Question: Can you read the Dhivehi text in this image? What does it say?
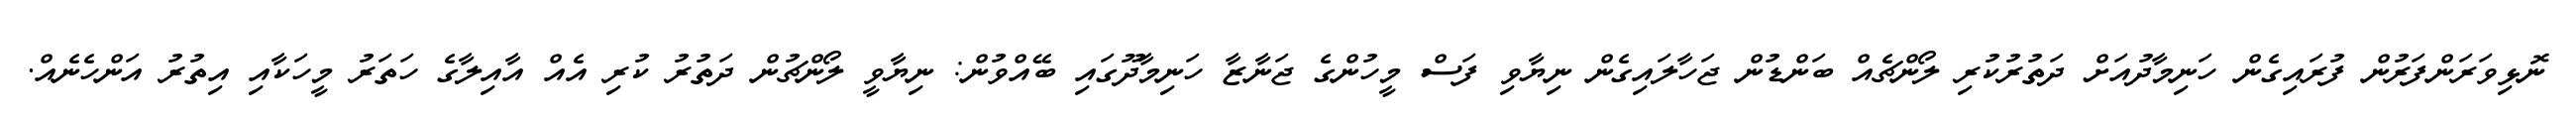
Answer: ނޮޅިވަރަންފަރުން ފުރައިގެން ހަނިމާދުއަށް ދަތުރުކުރި ލޯންޗެއް ބަންޑުން ޖަހާލައިގެން ނިޔާވި ފަސް މީހުންގެ ޖަނާޒާ ހަނިމާދޫގައި ބޭއްވުން: ނިޔާވީ ލޯންޗުން ދަތުރު ކުރި އެއް އާއިލާގެ ހަތަރު މީހަކާއި އިތުރު އަންހެނެއް.